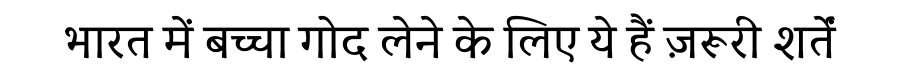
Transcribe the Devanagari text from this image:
भारत में बच्चा गोद लेने के लिए ये हैं ज़रूरी शर्तें